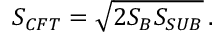
S _ { C F T } = \sqrt { 2 S _ { B } S _ { S U B } } \, .